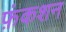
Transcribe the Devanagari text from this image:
फ़ंकशन